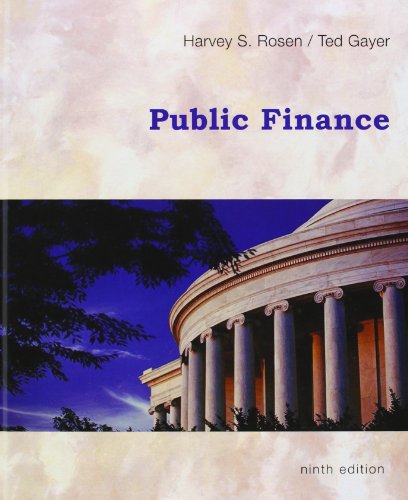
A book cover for Public Finance, 9th Edition; Harvey S. Rosen; Business & Money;